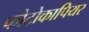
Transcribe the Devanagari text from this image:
फोटोकापियर